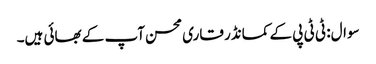
سوال: ٹی ٹی پی کے کمانڈر قاری محسن آپ کے بھائی ہیں۔